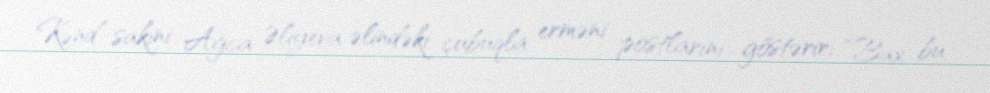
Kənd sakini Ağca Əliyeva əlindəki çubuqla erməni postlarını göstərir: “Bax bu